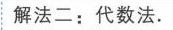
解法二：代数法.